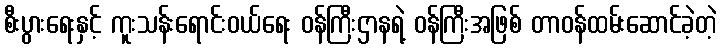
စီးပွားရေးနှင့် ကူးသန်းရောင်းဝယ်ရေး ဝန်ကြီးဌာနရဲ့ ဝန်ကြီးအဖြစ် တာဝန်ထမ်းဆောင်ခဲ့တဲ့